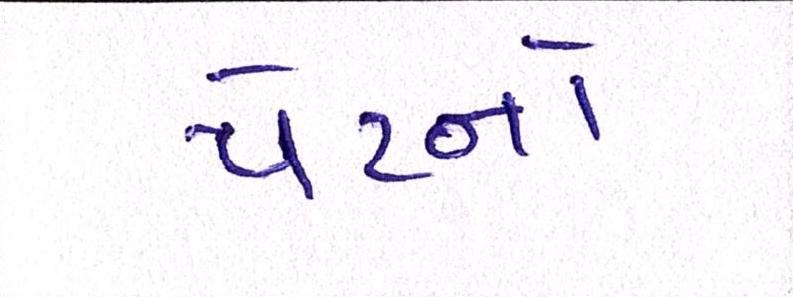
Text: પેટનો